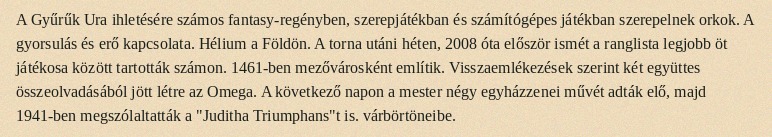
A Gyűrűk Ura ihletésére számos fantasy-regényben, szerepjátékban és számítógépes játékban szerepelnek orkok. A gyorsulás és erő kapcsolata. Hélium a Földön. A torna utáni héten, 2008 óta először ismét a ranglista legjobb öt játékosa között tartották számon. 1461-ben mezővárosként említik. Visszaemlékezések szerint két együttes összeolvadásából jött létre az Omega. A következő napon a mester négy egyházzenei művét adták elő, majd 1941-ben megszólaltatták a "Juditha Triumphans"t is. várbörtöneibe.